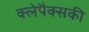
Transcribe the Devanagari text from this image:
क्लेपैक्सकी